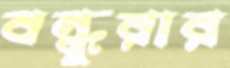
বন্ধুরার